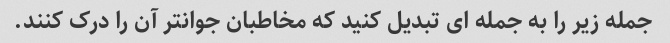
جمله زیر را به جمله ای تبدیل کنید که مخاطبان جوانتر آن را درک کنند.